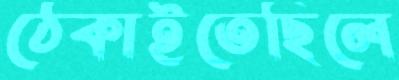
ঠেকাইতেছিলে